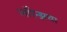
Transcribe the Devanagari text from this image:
लॉरेन्झचा